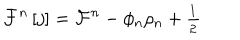
LaTeX: \mathcal { F } ^ { n } \left[ j \right] = \mathcal { F } ^ { n } - \phi _ { n } \rho _ { n } + \frac { { } _ { 1 } } { { } ^ { 2 } }